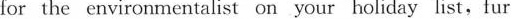
for the environmentalist on your holiday list, fur